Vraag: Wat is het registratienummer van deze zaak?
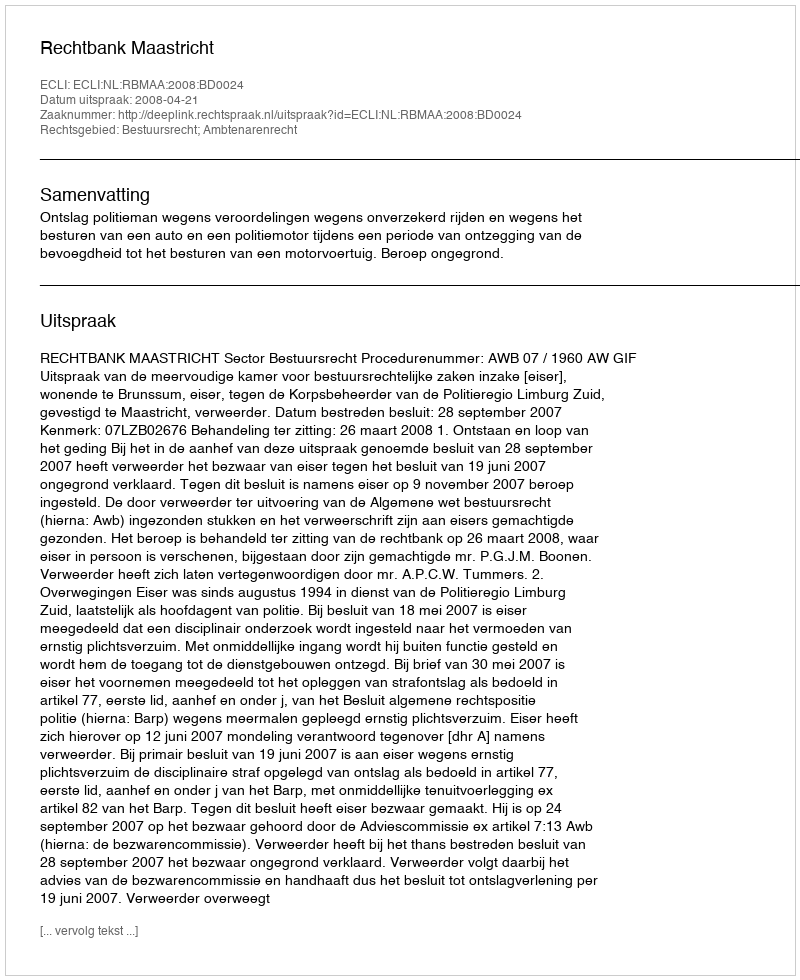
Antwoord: http://deeplink.rechtspraak.nl/uitspraak?id=ECLI:NL:RBMAA:2008:BD0024